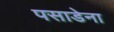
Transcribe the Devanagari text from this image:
पसाडेना